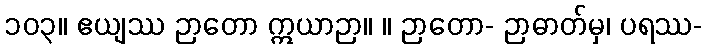
၁၀၃။ ဧယျဿ ဉာတော ဣယာဉာ။ ။ ဉာတော- ဉာဓာတ်မှ၊ ပရဿ-